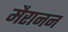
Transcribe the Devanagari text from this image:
मैरानन